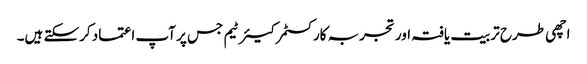
اچھی طرح تربیت یافتہ اور تجربہ کار کسٹمر کیئر ٹیم جس پر آپ اعتماد کرسکتے ہیں۔